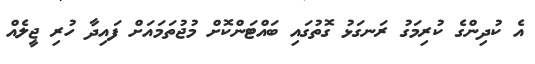
އެ ކުދިންގެ ކުރިމަގު ރަނގަޅު ގޮތުގައި ބައްޓަންކޮށް މުޖުތަމައަށް ފައިދާ ހުރި ޖީލެއް